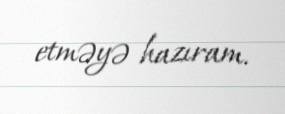
etməyə hazıram.